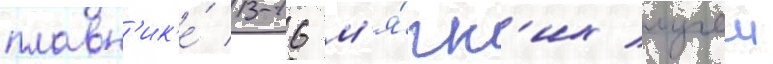
плавн'ик'е́ 13-16 м'я́гк'их лучеи